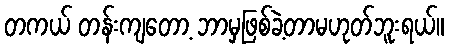
တကယ် တန်းကျတော့ ဘာမှဖြစ်ခဲ့တာမဟုတ်ဘူးရယ်။